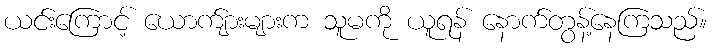
ယင်းကြောင့် ယောက်ျားများက သူမကို ယူရန် နောက်တွန့်နေကြသည်။